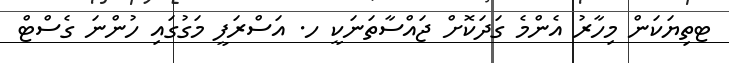
ޓތިޔަކަން މިހާރު އެންމެ ގަދަކޮށް ޖައްސާތަނަކީ ހ. އަސްރަފީ މަގުގައި ހުންނަ ގެސްޓް